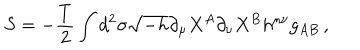
S = - \frac { T } { 2 } \int d ^ { 2 } \sigma \sqrt { - h } \partial _ { \mu } X ^ { A } \partial _ { \nu } X ^ { B } h ^ { \mu \nu } g _ { A B } \, ,